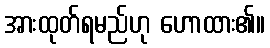
အားထုတ်ရမည်ဟု ဟောထား၏။